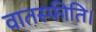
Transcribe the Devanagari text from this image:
वातस्फीति।